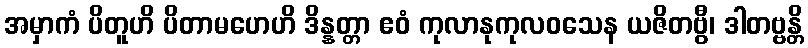
အမှာကံ ပိတူဟိ ပိတာမဟေဟိ ဒိန္နတ္တာ ဧဝံ ကုလာနုကုလဝသေန ယဇိတဗွီ၊ ဒါတဗ္ဗန္တိ